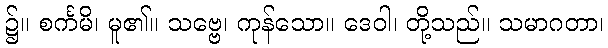
၌။ စင်္ကမိ၊ မူ၏။ သဗ္ဗေ၊ ကုန်သော။ ဒေဝါ၊ တို့သည်။ သမာဂတာ၊